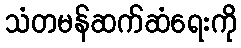
သံတမန်ဆက်ဆံရေးကို